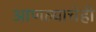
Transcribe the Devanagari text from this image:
आणल्याचेही